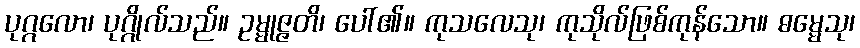
ပုဂ္ဂလော၊ ပုဂ္ဂိုလ်သည်။ ဥမ္မုဇ္ဇတိ၊ ပေါ်၏။ ကုသလေသု၊ ကုသိုလ်ဖြစ်ကုန်သော။ ဓမ္မေသု၊